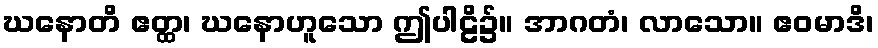
ဃနောတိ ဧတ္ထ၊ ဃနောဟူသော ဤပါဠိ၌။ အာဂတံ၊ လာသော။ ဧဝမာဒိ၊